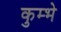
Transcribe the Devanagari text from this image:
कुम्भे